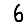
Digit: 6